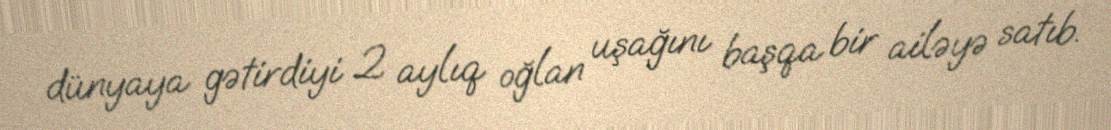
dünyaya gətirdiyi 2 aylıq oğlan uşağını başqa bir ailəyə satıb.